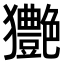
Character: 𤣚